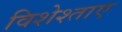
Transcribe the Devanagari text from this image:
विशेश्ताए